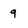
Character: 9